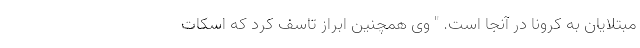
مبتلایان به کرونا در آنجا است. " وی همچنین ابراز تاسف کرد که اسکات